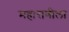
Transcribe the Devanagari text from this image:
महाराणीला